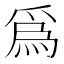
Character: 爲